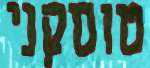
טוסקני